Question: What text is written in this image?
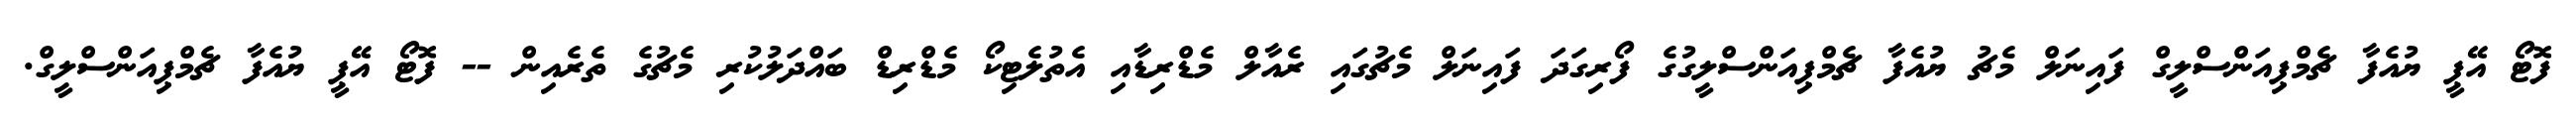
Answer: ފޮޓޯ އޭޕީ ޔުއެފާ ޗެމްޕިއަންސްލީގް ފައިނަލް މެޗު ޔުއެފާ ޗެމްޕިއަންސްލީގުގެ ފޯރިގަދަ ފައިނަލް މެޗުގައި ރެއާލް މެޑްރިޑާއި އެތުލެޓިކޯ މެޑްރިޑް ބައްދަލުކުރި މެޗުގެ ތެރެއިން -- ފޮޓޯ އޭޕީ ޔުއެފާ ޗެމްޕިއަންސްލީގް.